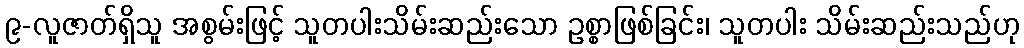
၉-လူဇာတ်ရှိသူ အစွမ်းဖြင့် သူတပါးသိမ်းဆည်းသော ဥစ္စာဖြစ်ခြင်း၊ သူတပါး သိမ်းဆည်းသည်ဟု